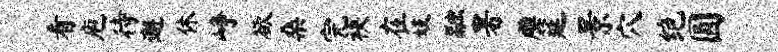
看庖待邂休峥欲桑完袂在妓融署雕筵景穴绝圆